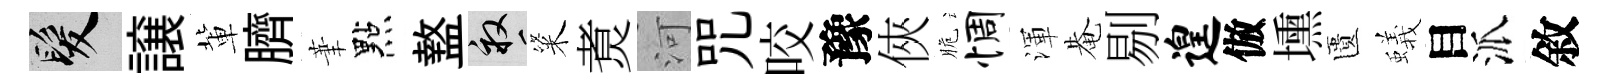
髮譲軰臍茟點盩畝粢煑河咒咬豫俠脆惆渾𤲅剔遑倣壎匱蟻目派敘